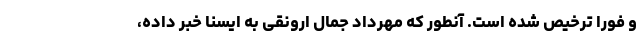
و فورا ترخیص شده است. آنطور که مهرداد جمال ارونقی به ایسنا خبر داده،